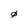
Character: 0